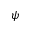
\psi